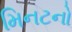
મિનટનો